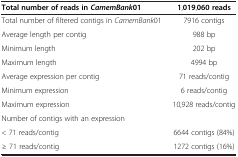
| Total number of reads in CamemBank01 | 1,019,060 reads |
 | --- | --- |
 | Total number of filtered contigs in CamemBank01 | 7916 contigs |
 | Average length per contig | 988 bp |
 | Minimum length | 202 bp |
 | Maximum length | 4994 bp |
 | Average expression per contig | 71 reads/contig |
 | Minimum expression | 6 reads/contig |
 | Maximum expression | 10,928 reads/contig |
 | Number of contigs with an expression |  |
 | < 71 reads/contig | 6644 contigs (84%) |
 | ≥ 71 reads/contig | 1272 contigs (16%) |